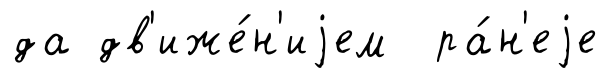
да дв'иже́н'иjем ра́н'еjе